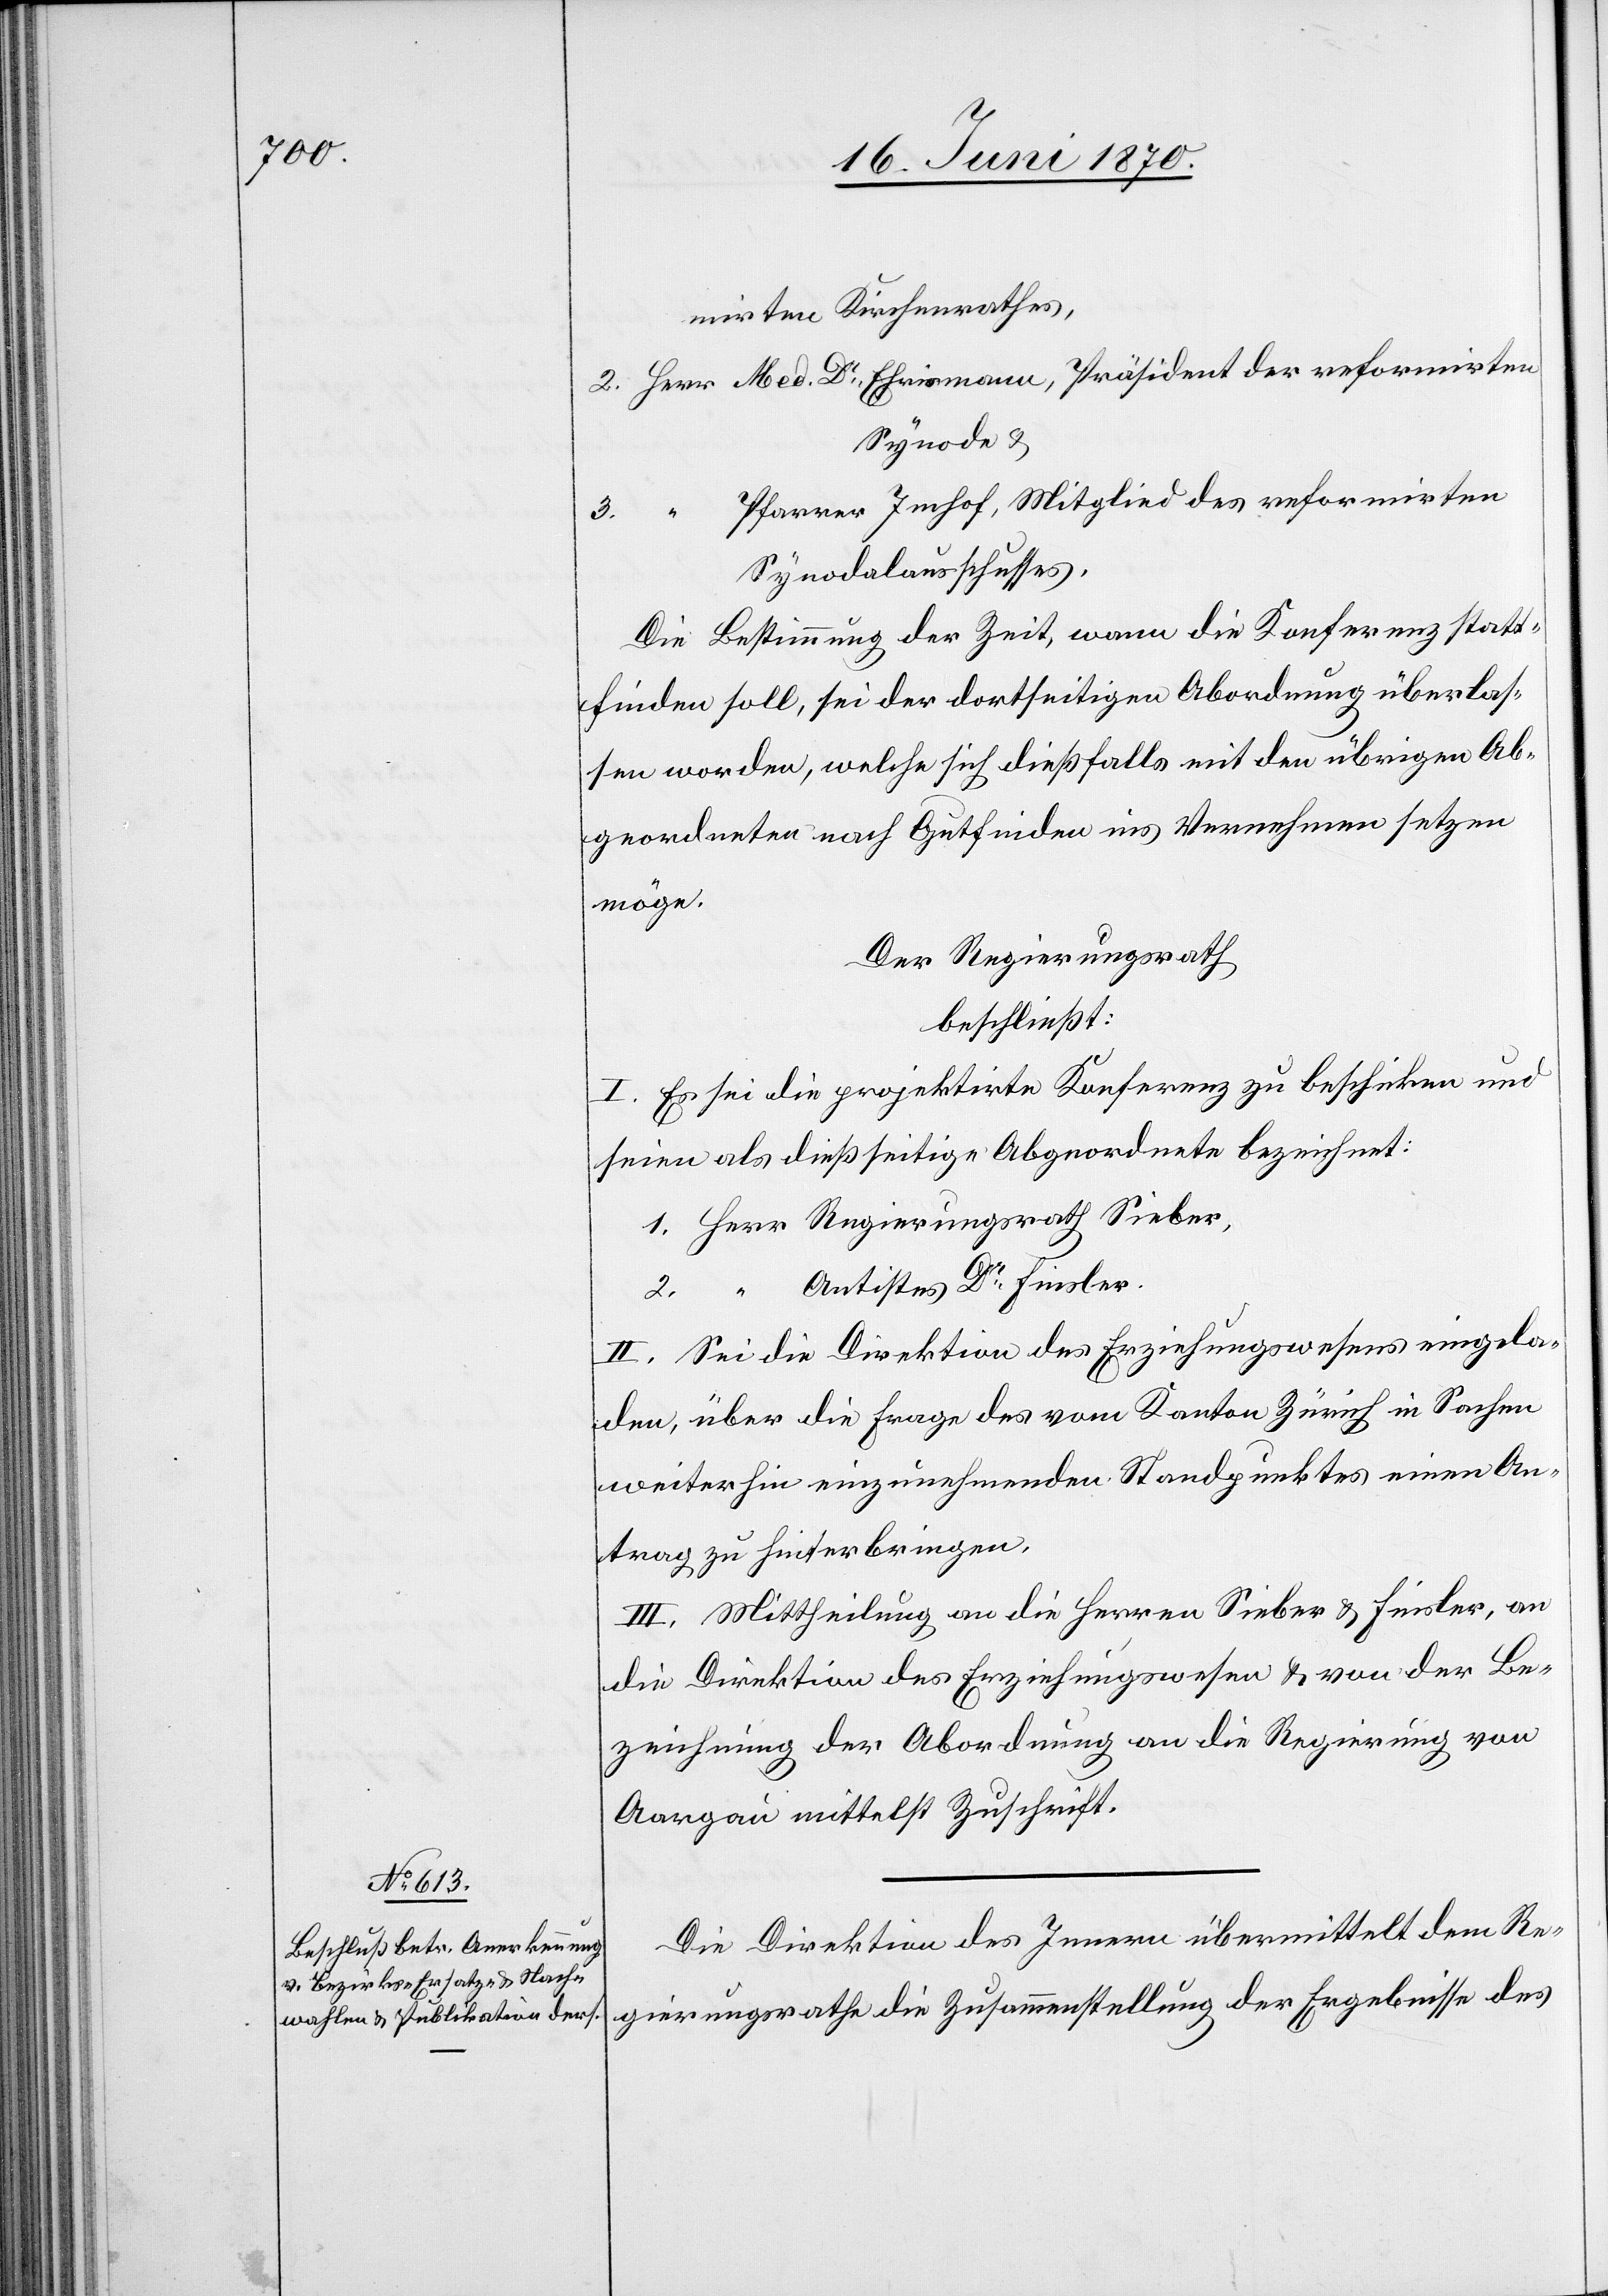
mirten Kirchenrathes,
2. Herr Med. Dr Ehrismann, Präsident der reformirten
Synode &
Pfarrer Imhof, Mitglied des reformirten
3. “
Synodalausschusses.
Die Bestimmung der Zeit, wann die Konferenz statt¬
finden soll, sei der dortseitigen Abordnung überlas¬
sen worden, welche sich dießfalls mit den übrigen Ab¬
geordneten nach Gutfinden ins Vernehmen setzen
möge.
Der Regierungsrath
beschließt:
I. Es sei die projektirte Konferenz zu beschicken und
seien als dießseitige Abgeordnete bezeichnet:
1. Herr Regierungsrath Sieber,
2. “ Antistes Dr Finsler.
II. Sei die Direktion des Erziehungswesens eingela¬
den, über die Frage des vom Kanton Zürich in Sachen
weiterhin einzunehmenden Standpunktes einen An¬
trag zu hinterbringen.
III. Mittheilung an die Herren Sieber & Finsler, an
die Direktion des Erziehungswesen[s] & von der Be¬
zeichnung der Abordnung an die Regierung von
Aargau mittelst Zuschrift.
Die Direktion des Innern übermittelt dem Re¬
gierungsrathe die Zusammenstellung der Ergebnisse des